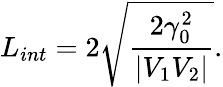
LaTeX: L_{int}=2\sqrt{\frac{2\gamma_{0}^{2}}{|V_{1}V_{2}|}}.